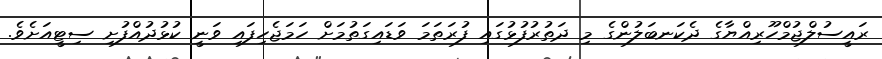
ރައީސުލްޖުމްހޫރިއްޔާގެ ދެކަނބަލުންގެ މި ދަތުރުފުޅުގައި ފުރަތަމަ ވަޑައިގަތުމަށް ހަމަޖެހިފައި ވަނީ ކުޅުދުއްފުށި ސިޓީއަށެވެ.